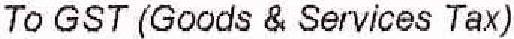
TO GST (GOODS & SERVICES TAX)